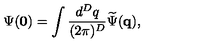
\Psi ( { \bf 0 } ) = \int \frac { d ^ { { D } } q } { ( 2 \pi ) ^ { { D } } } \widetilde { \Psi } ( { \bf q } ) ,